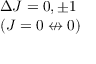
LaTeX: \begin{array} { l } { \Delta J = 0 , \pm 1 } \\ { ( J = 0 \not \leftrightarrow 0 ) } \end{array}